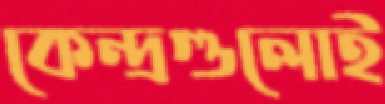
কেন্দ্রগুলোই